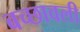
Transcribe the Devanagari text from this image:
बच्छावली